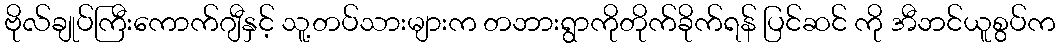
ဗိုလ်ချုပ်ကြီးကောက်ဂျီနှင့် သူ့တပ်သားများက တဘားရွာကိုတိုက်ခိုက်ရန် ပြင်ဆင် ကို အီဘင်ယူစွပ်က